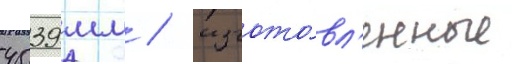
4539 мм / изгото́вл'енные